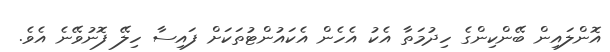
އޮންލައިން ބޭންކިންގެ ހިދުމަތާ އެކު އެހެން އެކައުންޓުތަކަށް ފައިސާ ހިލޭ ފޮނުވޭނެ އެވެ.